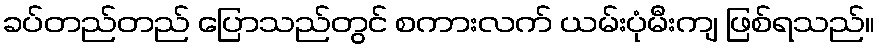
ခပ်တည်တည် ပြောသည်တွင် စကားလက် ယမ်းပုံမီးကျ ဖြစ်ရသည်။